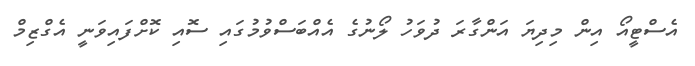
އެސްޓީއޯ އިން މިދިޔަ އަންގާރަ ދުވަހު ލޯނުގެ އެއްބަސްވުމުގައި ސޮއި ކޮށްފައިވަނީ އެގްޒިމް